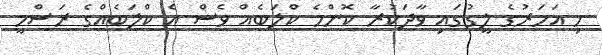
މި އަހަރުގެ ލީގުގައި ވާދަކުރާ ކޮންމެ ކްލަބެއް ވެސް އެ ކްލަބެއްގެ ރަސްމީ